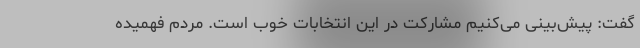
گفت: پیش‌بینی می‌کنیم مشارکت در این انتخابات خوب است. مردم فهمیده